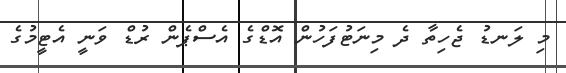
މި ލަނޑު ޖެހިތާ ދެ މިނަޓުފަހުން އޮޑްގެ އެސްޕެން ރުޑް ވަނީ އެޓީމުގެ